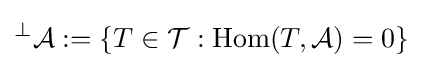
{}^{\perp }{\mathcal {A}}:=\{T\in {\mathcal {T}}:\operatorname {Hom} (T,{\mathcal {A}})=0\}